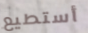
أستطيع